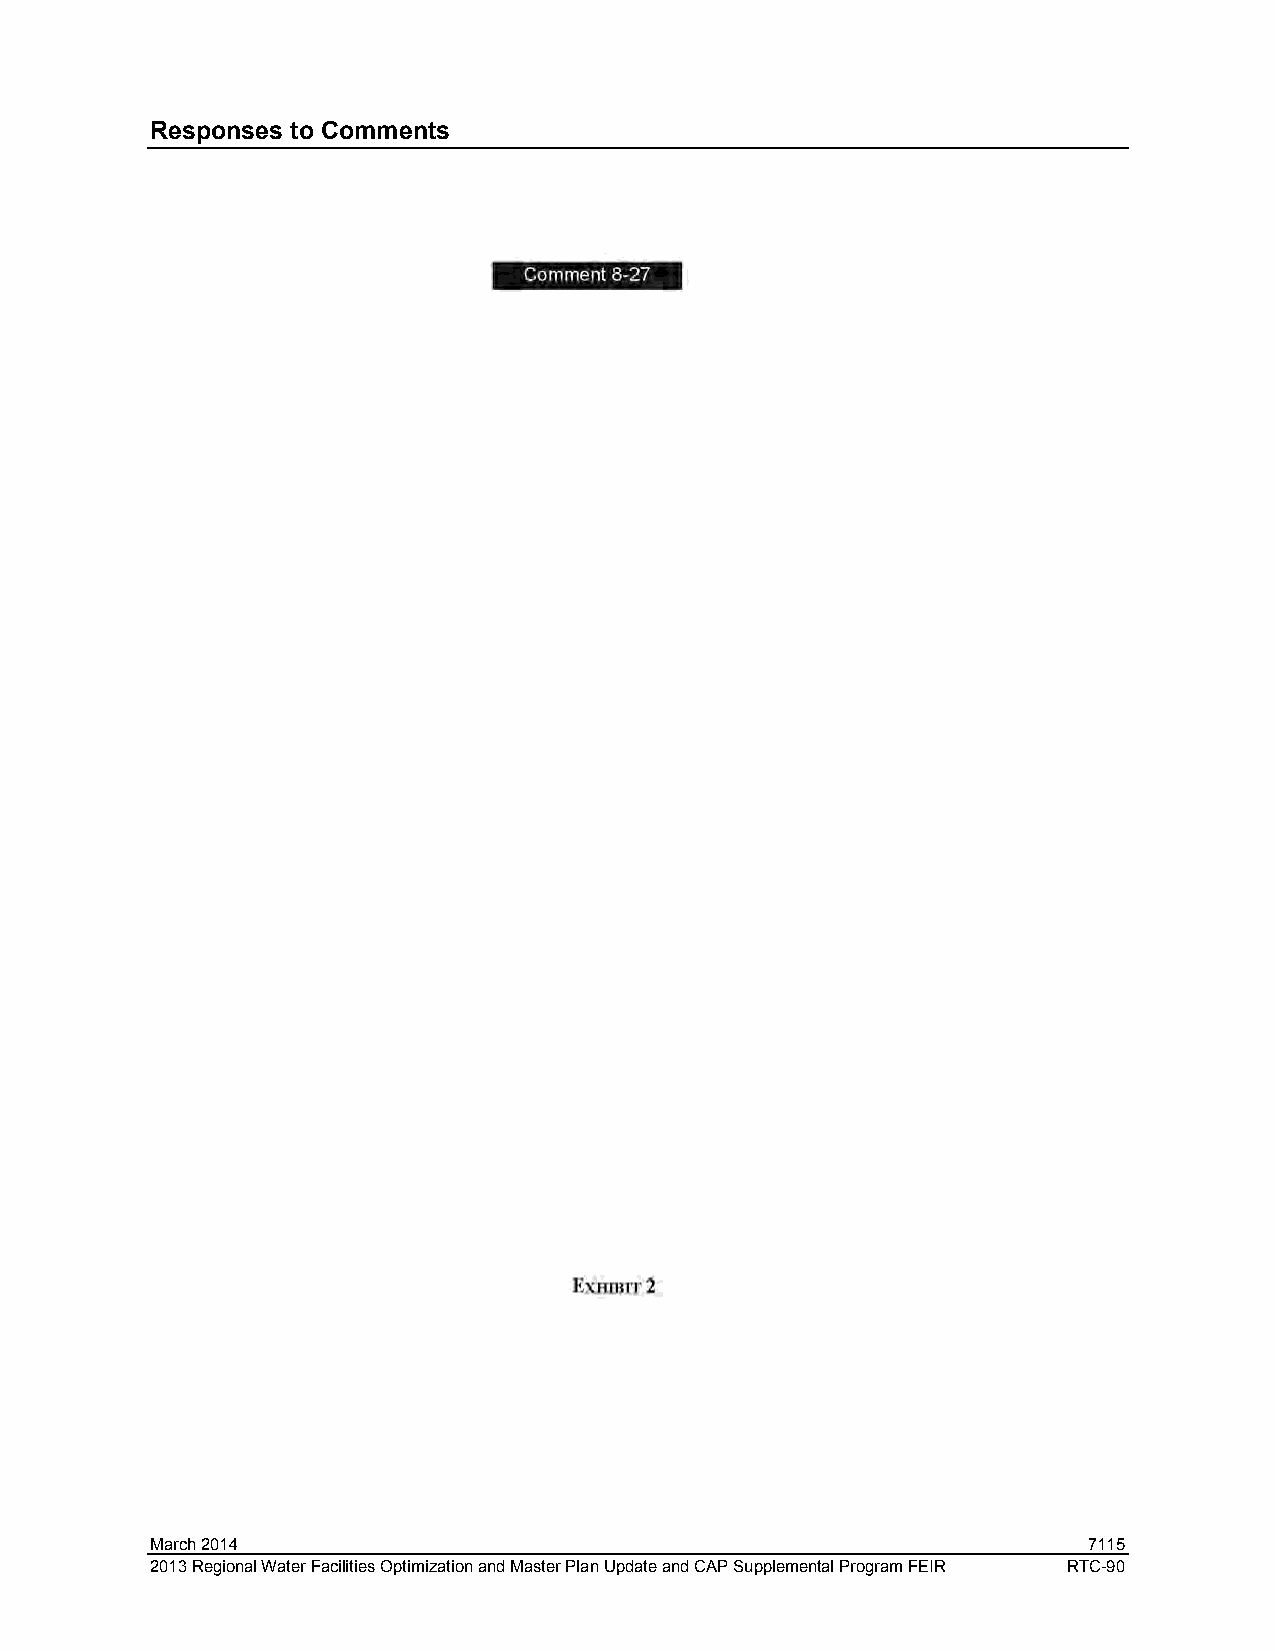
Responses to Comments
 March 2014                                                    7115
 2013 Regional Water Facilities Optimization and Master Plan Update and CAP Supplemental Program FEIR RTC-90